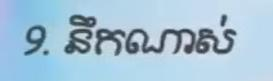
9. នឹកណាស់